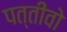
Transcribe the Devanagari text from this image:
पत्तीवो